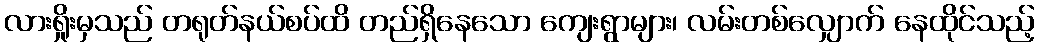
လားရှိုးမှသည် တရုတ်နယ်စပ်ထိ တည်ရှိနေသော ကျေးရွာများ၊ လမ်းတစ်လျှောက် နေထိုင်သည့်